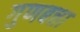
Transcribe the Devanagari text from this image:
गुणबत्ता